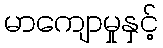
မာကျောမှုနှင့်